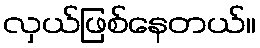
လှယ်ဖြစ်နေတယ်။